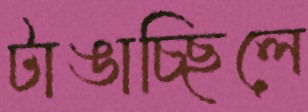
টাঙাচ্ছিলে